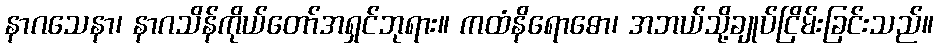
နာဂသေနာ၊ နာဂသိန်ကိုယ်တော်အရှင်ဘုရား။ ကထံနိရောဓော၊ အဘယ်သို့ချုပ်ငြိမ်းခြင်းသည်။